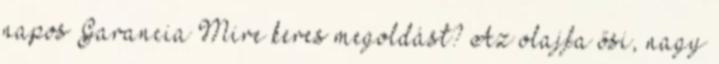
napos Garancia Mire keres megoldást? Az olajfa ősi, nagy